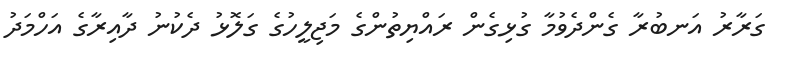
ގަރާރު އަނބުރާ ގެންދެވުމާ ގުޅިގެން ރައްޔިތުންގެ މަޖިލީހުގެ ގަލޮޅު ދެކުނު ދާއިރާގެ އަހްމަދު